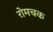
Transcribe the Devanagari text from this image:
रोमचक